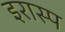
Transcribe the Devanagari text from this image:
इरास्प